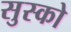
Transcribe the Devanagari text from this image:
सुस्को